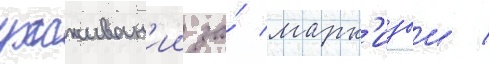
ухаживан'ии за́ марк'изои /